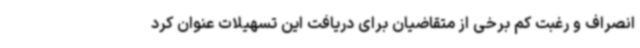
انصراف و رغبت کم برخی از متقاضیان برای دریافت این تسهیلات عنوان کرد